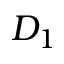
D _ { 1 }